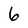
Character: 6